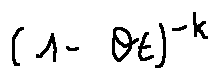
( 1 - \theta t ) ^ { - k }